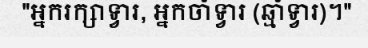
"អ្នករក្សាទ្វារ, អ្នកចាំទ្វារ (ឆ្មាំទ្វារ)។"